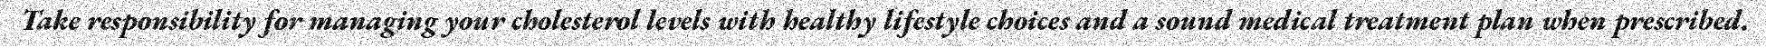
Take responsibility for managing your cholesterol levels with healthy lifestyle choices and a sound medical treatment plan when prescribed.